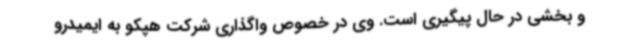
و بخشی در حال پیگیری است. وی در خصوص واگذاری شرکت هپکو به ایمیدرو